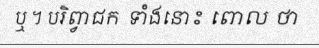
ឬ ។ បរិព្វាជក ទាំងនោះ ពោល ថា